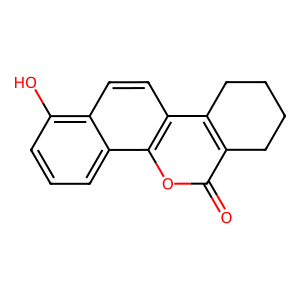
SMILES: O=c1oc2c(ccc3c(O)cccc32)c2c1CCCC2
Inhibits HIV replication: No